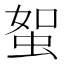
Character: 𧊟